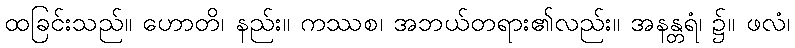
ထခြင်းသည်။ ဟောတိ၊ နည်း။ ကဿစ၊ အဘယ်တရား၏လည်း။ အနန္တရံ၊ ၌။ ဖလံ၊